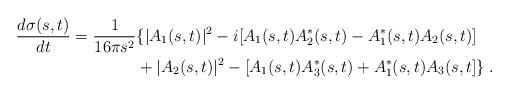
LaTeX: \begin{align*}\frac{d\sigma(s,t)}{dt} = \frac{1}{16\pi s^2} & \{ |A_1(s, t)|^2 - i[A_1(s, t) A_2^\ast(s, t) - A_1^\ast(s, t) A_2(s, t)] \\&+ |A_2(s, t)|^2 - [A_1(s, t) A_3^\ast(s, t) + A_1^\ast(s, t) A_3(s,t] \}\;.\end{align*}